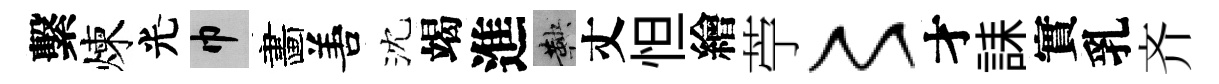
繫煉光巾畵𠵊沈竭進鞅丈怛繪苧〻才誄實乳齐